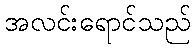
အလင်းရောင်သည်